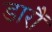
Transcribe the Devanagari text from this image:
डारौं